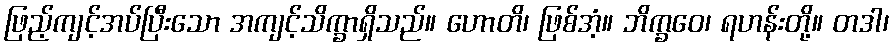
ဖြည့်ကျင့်အပ်ပြီးသော အကျင့်သိက္ခာရှိသည်။ ဟောတိ၊ ဖြစ်အံ့။ ဘိက္ခဝေ၊ ရဟန်းတို့။ တဒါ၊